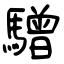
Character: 驓